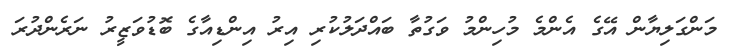
މަންގަލިޔާން އޭގެ އެންމެ މުހިންމު ވަގުތާ ބައްދަލުކުރި އިރު އިންޑިއާގެ ބޮޑުވަޒީރު ނަރެންދުރަ